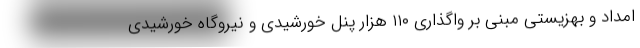
امداد و بهزیستی مبنی بر واگذاری ۱۱۰ هزار پنل خورشیدی و نیروگاه خورشیدی